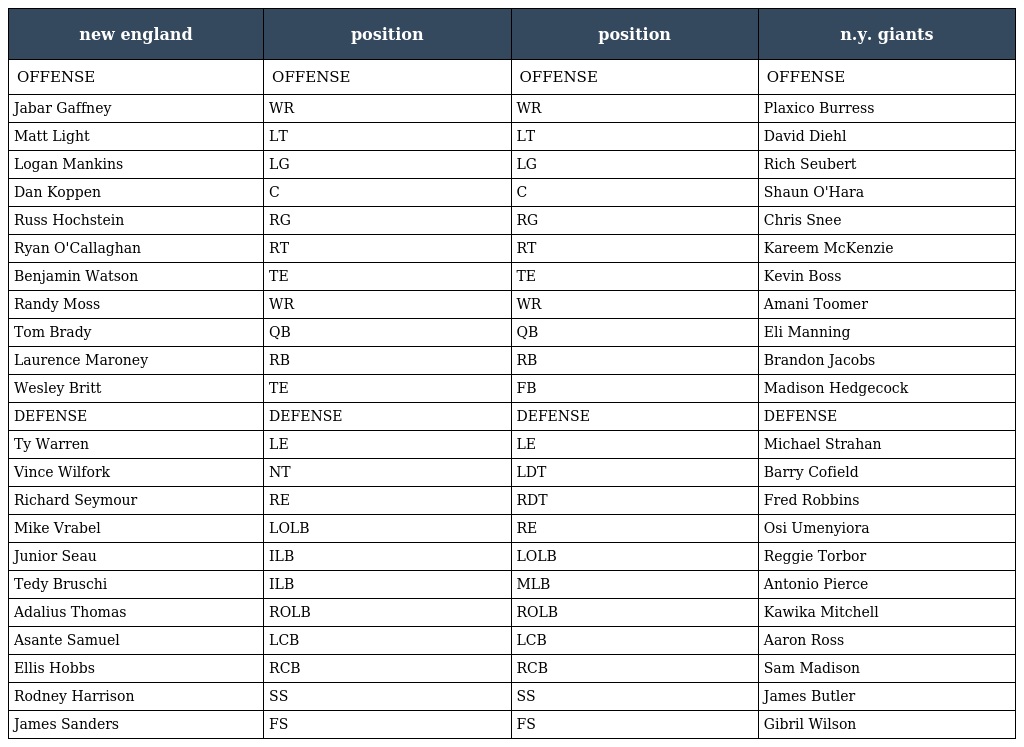
| new england | position | position | n.y. giants |
 | --- | --- | --- | --- |
 | OFFENSE | OFFENSE | OFFENSE | OFFENSE |
 | Jabar Gaffney | WR | WR | Plaxico Burress |
 | Matt Light | LT | LT | David Diehl |
 | Logan Mankins | LG | LG | Rich Seubert |
 | Dan Koppen | C | C | Shaun O'Hara |
 | Russ Hochstein | RG | RG | Chris Snee |
 | Ryan O'Callaghan | RT | RT | Kareem McKenzie |
 | Benjamin Watson | TE | TE | Kevin Boss |
 | Randy Moss | WR | WR | Amani Toomer |
 | Tom Brady | QB | QB | Eli Manning |
 | Laurence Maroney | RB | RB | Brandon Jacobs |
 | Wesley Britt | TE | FB | Madison Hedgecock |
 | DEFENSE | DEFENSE | DEFENSE | DEFENSE |
 | Ty Warren | LE | LE | Michael Strahan |
 | Vince Wilfork | NT | LDT | Barry Cofield |
 | Richard Seymour | RE | RDT | Fred Robbins |
 | Mike Vrabel | LOLB | RE | Osi Umenyiora |
 | Junior Seau | ILB | LOLB | Reggie Torbor |
 | Tedy Bruschi | ILB | MLB | Antonio Pierce |
 | Adalius Thomas | ROLB | ROLB | Kawika Mitchell |
 | Asante Samuel | LCB | LCB | Aaron Ross |
 | Ellis Hobbs | RCB | RCB | Sam Madison |
 | Rodney Harrison | SS | SS | James Butler |
 | James Sanders | FS | FS | Gibril Wilson |